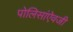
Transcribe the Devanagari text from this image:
पोलिसांऐवजी